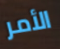
الأمر